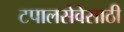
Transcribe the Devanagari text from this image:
टपालसेवेसाठी